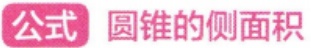
圆锥的侧面积公式通常为 \(S = \pi rl\)（\(r\)为底面半径，\(l\)为母线长） ，用LATEX格式表示为：\(S=\pi rl\)